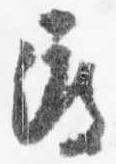
渡